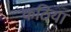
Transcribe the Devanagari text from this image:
कठिया